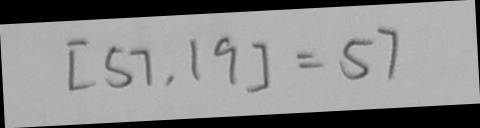
[ 5 7 , 1 9 ] = 5 7